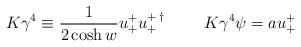
LaTeX: \begin{align*}K \gamma^{4} \equiv \frac{1}{2 \cosh{w}} u_{+}^{+} u_{+}^{+ \: \dagger} \hspace{1cm} K \gamma^{4} \psi = a u_{+}^{+}\end{align*}